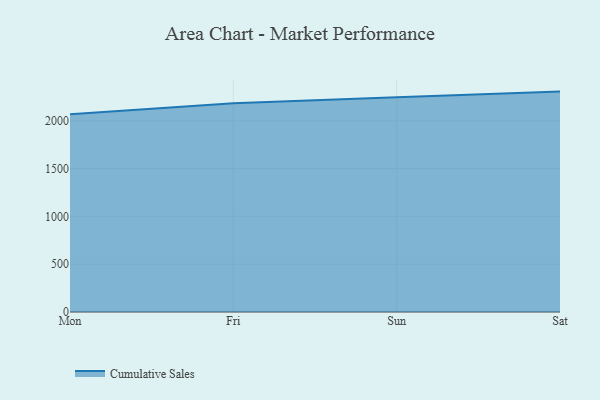
{"axis": {"x": "Day", "y": "Humidity (%)"}, "legend": ["Cumulative Sales"], "data": [{"x": "Mon", "y": 2068.7, "type": "Cumulative Sales"}, {"x": "Fri", "y": 2183.6, "type": "Cumulative Sales"}, {"x": "Sun", "y": 2245.3, "type": "Cumulative Sales"}, {"x": "Sat", "y": 2304.8, "type": "Cumulative Sales"}]}